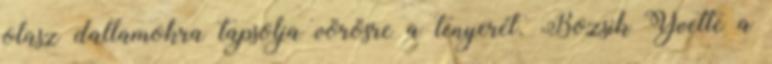
olasz dallamokra tapsolja vörösre a tenyerét. Bozsik Yvette a